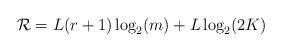
LaTeX: \begin{align*}\mathcal{R} = L(r+1)\log_2(m) + L \log_2(2K)\end{align*}